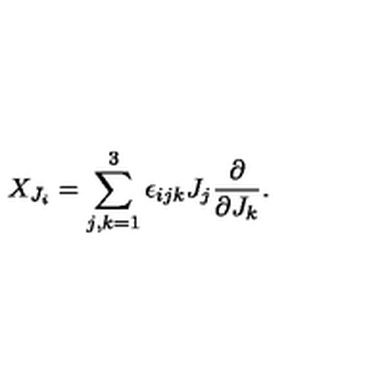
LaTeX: X _ { J _ { i } } = \sum _ { j , k = 1 } ^ { 3 } \epsilon _ { i j k } J _ { j } \frac { \partial } { \partial J _ { k } } .